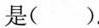
是( )。